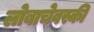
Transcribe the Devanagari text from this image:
लोबाचेवस्की